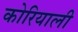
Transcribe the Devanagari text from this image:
कोरियाली